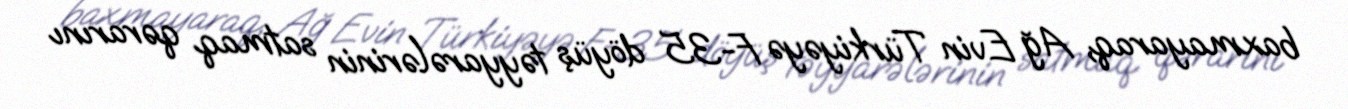
baxmayaraq, Ağ Evin Türkiyəyə F-35 döyüş təyyarələrinin satmaq qərarını